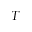
T